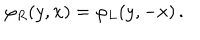
\varphi _ { R } ( y , x ) = \varphi _ { L } ( y , - x ) \, .